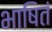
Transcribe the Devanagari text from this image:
भाषितं